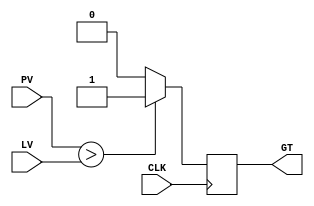
//--------------------------------------------------------------------------------
// Module Name: voltage_comparator
// Project Name: Solar Tracker
// Target Devices: xc7a35ticsg324-1L (Arty A7)
// Description: takes in two values of the same bit size and sends the greater
//              value to the register. This two value are from the register
//              and the ADC. If the value from the ADC is greater than the
//              value in the register, the comparator outputs a high signal
//              which causes the register to store the value that was in the
//              ADC. In this way is found the max voltage while sweeping
// 
// Dependencies: 
// 
// Additional Comments:
// 
//--------------------------------------------------------------------------------

`timescale 1 ns / 100 ps

module voltage_comparator(

   input wire CLK,
   
   input wire [7:0] PV, // pending value (ADC)
   input wire [7:0] LV, // last value (register)

   output reg GT // greater flag

);

always @(posedge CLK) begin

   if(PV[7:0] > LV[7:0]) begin
      GT <= 1'b1;
   end

   else begin
      GT <= 1'b0;
   end

end

endmodule